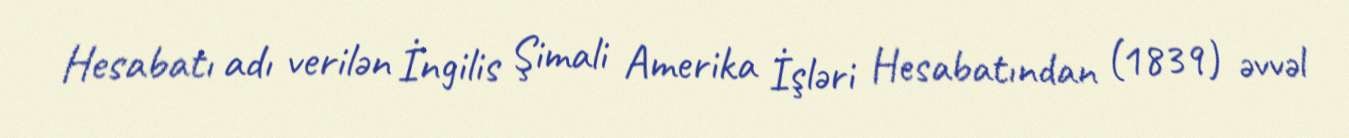
Hesabatı adı verilən İngilis Şimali Amerika İşləri Hesabatından (1839) əvvəl